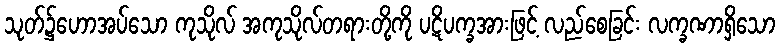
သုတ်၌ဟောအပ်သော ကုသိုလ် အကုသိုလ်တရားတို့ကို ပဋိပက္ခအားဖြင့် လည်စေခြင်း လက္ခဏာရှိသော